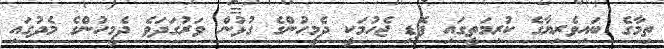
ތިމާގެ ބައިވެރިޔާގެ ކުރިމަތީގައި ފޮޑި ޖެހުމަކީ ދެމީހުންގެ ގުޅުން ވަރުގަދަވެ ދެމީހުންގެ މެދުގައި